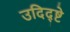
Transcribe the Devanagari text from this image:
उदिद्ष्टे